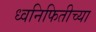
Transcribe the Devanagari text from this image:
ध्वनिफितीच्या